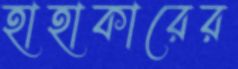
হাহাকারের